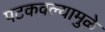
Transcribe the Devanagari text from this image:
पटकवल्यामुळे